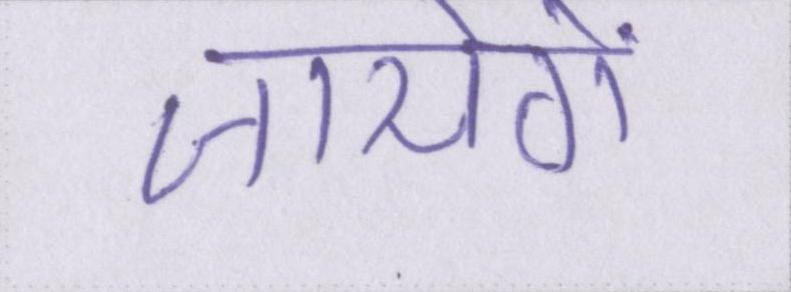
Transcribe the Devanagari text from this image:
जायेगें।